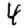
Digit: 4